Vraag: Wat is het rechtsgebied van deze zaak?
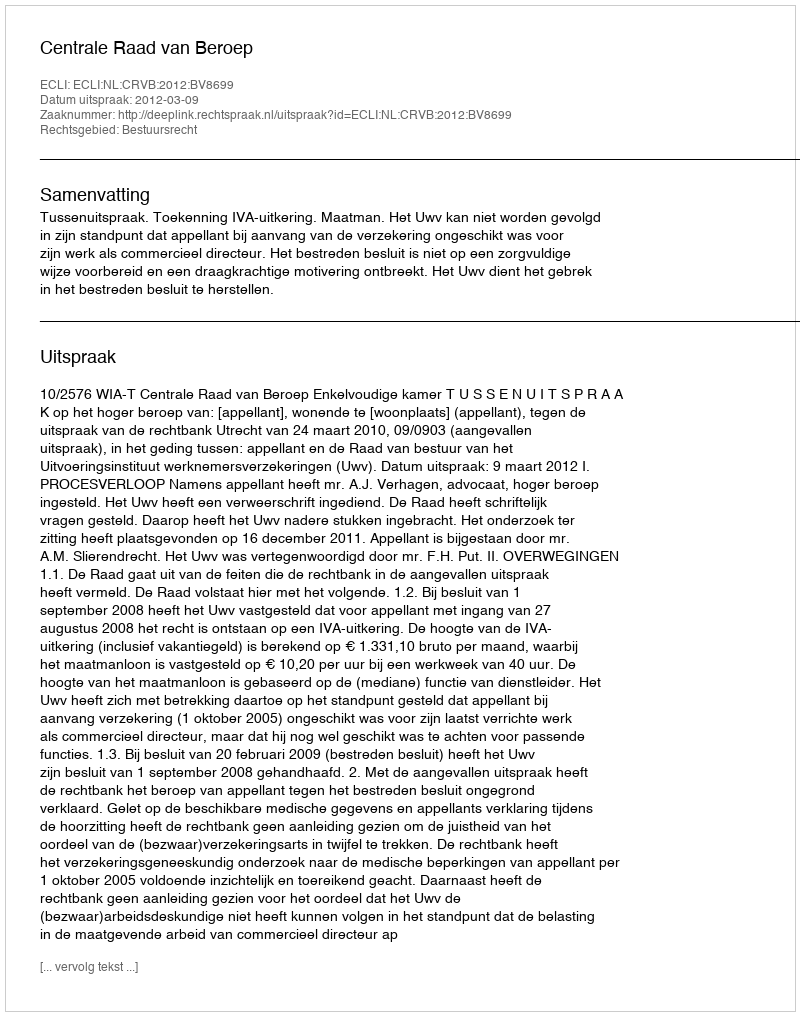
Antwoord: Bestuursrecht